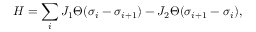
H = \sum _ { i } J _ { 1 } \Theta ( \sigma _ { i } - \sigma _ { i + 1 } ) - J _ { 2 } \Theta ( \sigma _ { i + 1 } - \sigma _ { i } ) ,